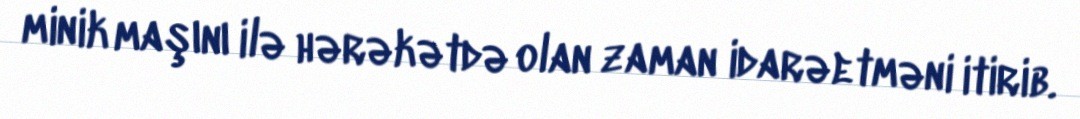
minik maşını ilə hərəkətdə olan zaman idarəetməni itirib.